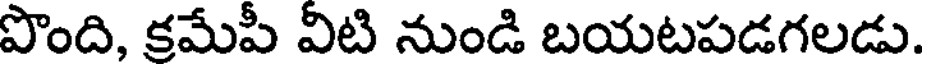
పొంది, క్రమేపీ విటి నుండి బయటపడగలడు.